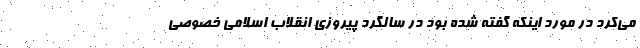
می‌کرد در مورد اینکه گفته شده بود در سالگرد پیروزی انقلاب اسلامی خصوصی